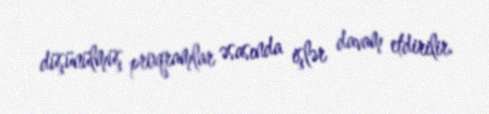
düşünülmüş proqramlar əsasında işlər davam etdirilir.